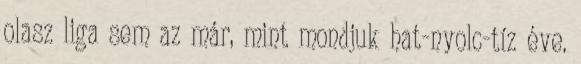
olasz liga sem az már, mint mondjuk hat-nyolc-tíz éve.